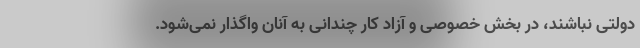
دولتی نباشند، در بخش خصوصی و آزاد کار چندانی به آنان واگذار نمی‌شود.